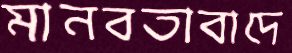
মানবতাবাদে